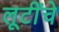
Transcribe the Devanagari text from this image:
लूटींचे